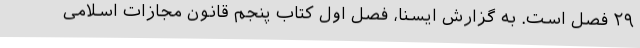
۲۹ فصل است. به گزارش ایسنا، فصل اول کتاب پنجم قانون مجازات اسلامی